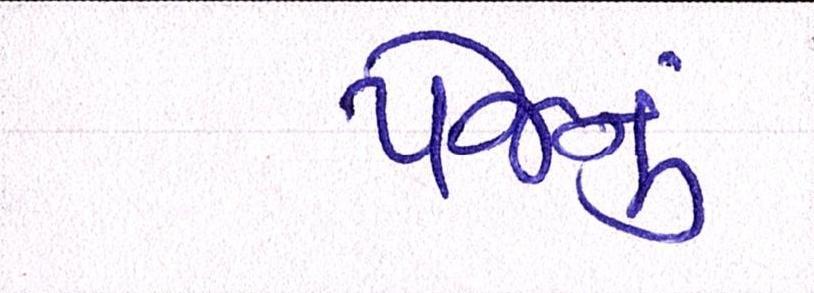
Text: પેજનું